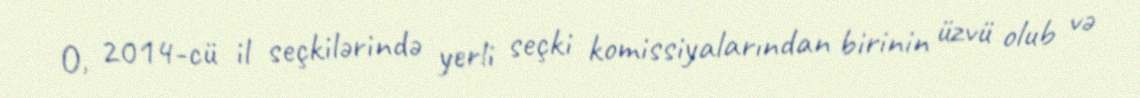
O, 2014-cü il seçkilərində yerli seçki komissiyalarından birinin üzvü olub və